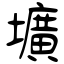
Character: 壙